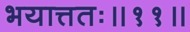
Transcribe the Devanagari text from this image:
भयात्ततः॥११॥